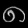
Digit: ၈